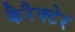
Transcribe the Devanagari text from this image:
कैरैक्टेर